Civil Veterinary Department. Madras. Admin. report 1910-25 - 1910-1925
Year: 1910
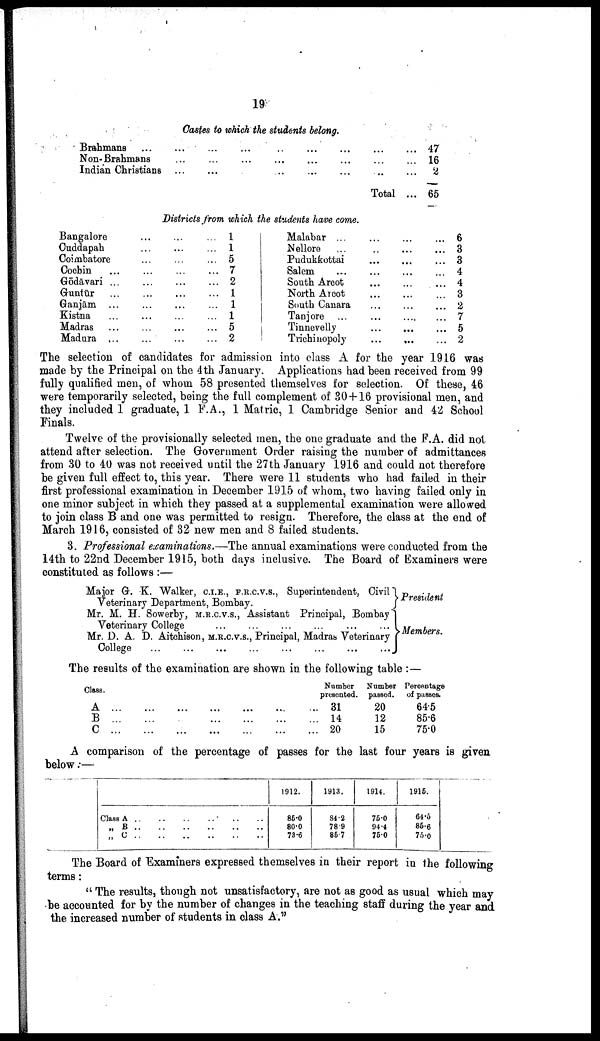
19
Castes to which the students belong.
Brahmans ...
Non-Brahmans
Indian Christians
...
...
...
...
...
...
...
...
...
...
...
...
...
...
...
...
...
...
...
...
..
Total
... 47
... 16
... 2
... 65
Districts from which the students have come.
Bangalore
Cuddapab
Coimbatore
Cocbin
Gōdāvari
Guntūr
Ganjām
Kistna
Madras
Madura
...
...
...
...
...
...
...
...
...
...
...
...
...
...
...
...
...
...
...
...
...
...
...
...
...
...
...
...
...
...
...
...
...
...
...
...
...
1
1
5
7
2
1
1
1
5
2
Malabar ...
Nellore ...
Pudukkottai
Salem ...
South Arcot
North Arcot
South Canara
Tanjore ...
Tinnevelly
Trichinopoly
...
...
...
...
...
...
...
...
...
...
...
...
...
...
...
...
...
....
...
...
...
...
...
...
...
...
...
...
...
...
6
3
3
4
4
3
2
7
5
2
The selection of candidates for admission into class A for the year 1916 was
made by the Principal on the 4th January. Applications had been received from 99
fully qualified men, of whom 58 presented themselves for selection. Of these, 46
were temporarily selected, being the full complement of 30+16 provisional men, and
they included 1 graduate, 1 F.A., 1 Matric, 1 Cambridge Senior and it School
Finals.
Twelve of the provisionally selected men, the one graduate and the F.A. did not
attend after selection. The Government Order raising the number of admittances
from 30 to 40 was not received until the 27th January 1916 and could not therefore
be given full effect to, this year. There were 11 students who had failed in their
first professional examination in December 1915 of whom, two having failed only in
one minor subject in which they passed at a supplemental examination were allowed
to join class B and one was permitted to resign. Therefore, the class at the end of
March 1916, consisted of 32 new men and 8 failed students.
3. Professional examinations.—The annual examinations were conducted from the
14th to 22nd December 1915, both days inclusive. The Board of Examiners were
constituted as follows :—
Major G. K. Walker, C.I.E., F.R.C.V.S., Superintendent, Civil
Veterinary Department, Bombay.
Mr. M. H. Sowerby, M.R.C.V.S., Assistant Principal, Bombay
Veterinary College
...
...
...
...
...
...
Mr. D. A. D. Aitchison, M.R.C.V.S., Principal, Madras Veterinary
College
...
...
...
...
...
...
...
...
President
Members.
The results of the examination are shown in the following table :—
Class.
A
B
C
...
...
...
...
...
...
...
...
...
...
...
...
...
...
...
...
...
...
...
...
...
Number
presented.
31
14
20
Number
passed.
20
12
15
Percentage
of passes.
64.5
85.6
75.0
A comparison of the percentage of passes for the last four years is given
below:—
Class A
..
..
..
..
..
..
„ B
..
..
..
..
..
..
„ C
..
..
..
..
..
..
1912.
86.0
80.0
78.6
1913.
84.2
78.9
86.7
1914.
75.0
94.4
75.0
1916.
64.5
86.6
75.0
The Board of Examiners expressed themselves in their report in the following
terms:
" The results, though not unsatisfactory, are not as good as usual which may
be accounted for by the number of changes in the teaching staff during the year and
the increased number of students in class A."